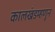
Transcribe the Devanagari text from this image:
कालखंडम्हणून